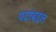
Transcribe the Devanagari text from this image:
पदांबद्दल